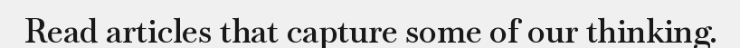
Read articles that capture some of our thinking.